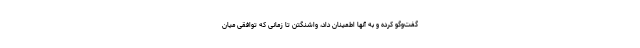
گفت‌وگو کرده و به آنها اطمینان داد، واشنگتن تا زمانی که توافقی میان